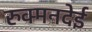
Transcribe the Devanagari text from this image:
रुक्मनदेई